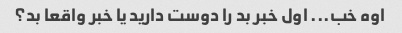
اوه خب... اول خبر بد را دوست دارید یا خبر واقعا بد؟